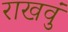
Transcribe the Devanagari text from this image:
राखवुं